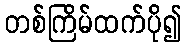
တစ်ကြိမ်ထက်ပို၍